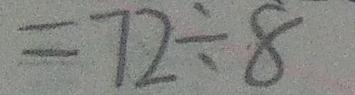
= 7 2 \div 8